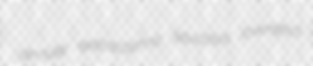
annule extracosmic leucosis overshot